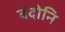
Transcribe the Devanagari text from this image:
वंदोनि